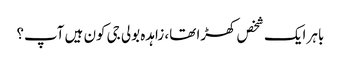
باہر ایک شخص کھڑا تھا، زاہدہ بولی جی کون ہیں آپ؟